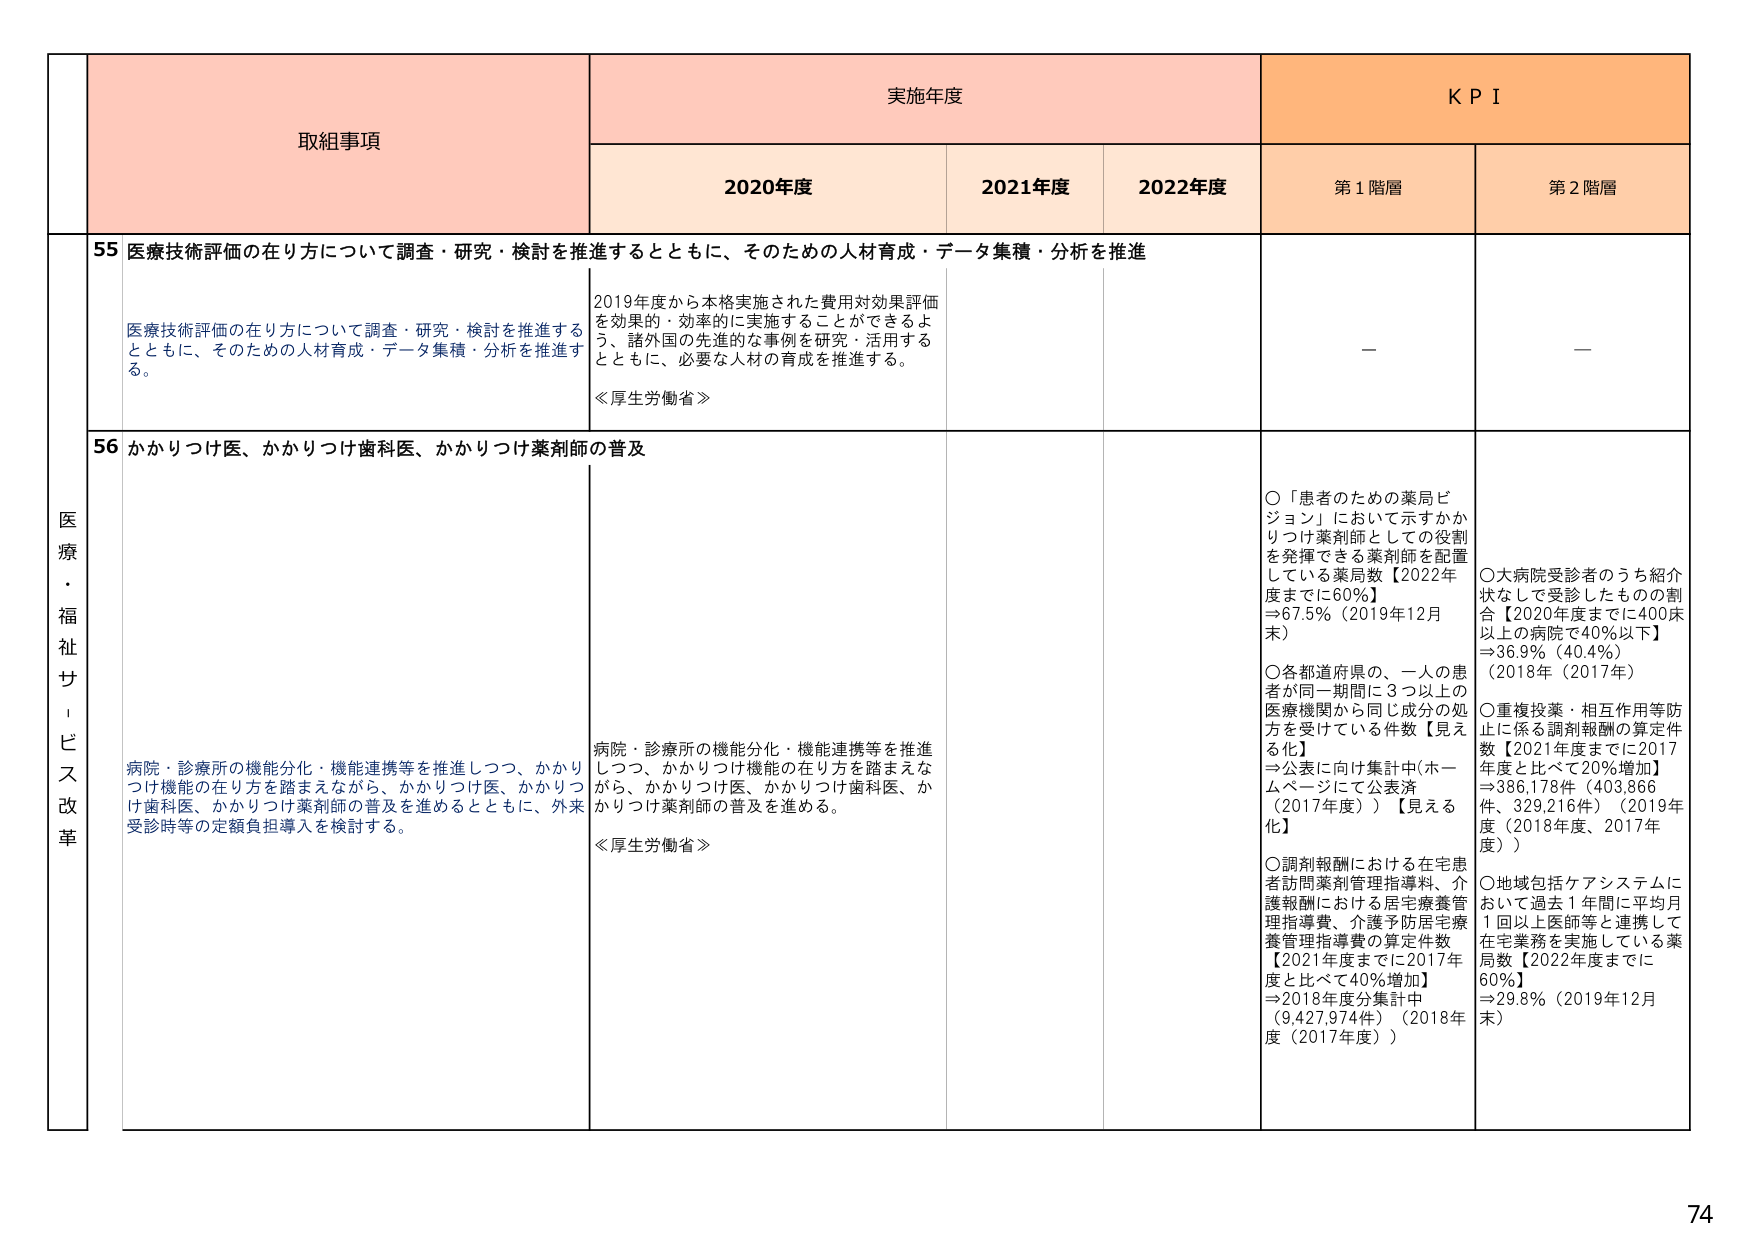
医療・福祉サービス改革

取組事項

実施年度

KPI

2020年度

2021年度

2022年度

第1階層

第2階層

55 医療技術評価の在り方について調査・研究・検討を推進するとともに、そのための人材育成・データ集積・分析を推進

医療技術評価の在り方について調査・研究・検討を推進するとともに、そのための人材育成・データ集積・分析を推進する。

2019年度から本格実施された費用対効果評価を効果的・効率的に実施することができるよう、諸外国の先進的な事例を研究・活用するとともに、必要な人材の育成を推進する。

≪厚生労働省≫

—

—

56 かかりつけ医、かかりつけ歯科医、かかりつけ薬剤師の普及

病院・診療所の機能分化・機能連携等を推進しつつ、かかりつけ機能の在り方を踏まえながら、かかりつけ医、かかりつけ歯科医、かかりつけ薬剤師の普及を進めるとともに、外来受診時等の定額負担導入を検討する。

病院・診療所の機能分化・機能連携等を推進しつつ、かかりつけ機能の在り方を踏まえながら、かかりつけ医、かかりつけ歯科医、かかりつけ薬剤師の普及を進める。

≪厚生労働省≫

○「患者のための薬局ビジョン」において示すかかりつけ薬剤師としての役割を発揮できる薬剤師を配置している薬局数【2022年度までに60%】⇒67.5%（2019年12月末）

○各都道府県の、一人の患者が同一期間に3つ以上の医療機関から同じ成分の処方を受けている件数【見える化】⇒公表に向け集計中（ホームページにて公表済（2017年度））【見える化】

○調剤報酬における在宅患者訪問薬剤管理指導料、介護報酬における居宅療養管理指導費、介護予防居宅療養管理指導費の算定件数【2021年度までに2017年度と比べて40%増加】⇒2018年度分集計中（9,427,974件）（2018年度（2017年度））

○大病院受診者のうち紹介状なしで受診したものの割合【2020年度までに400床以上の病院で40%以下】⇒36.9%（40.4%）（2018年（2017年））

○重複投薬・相互作用等防止に係る調剤報酬の算定件数【2021年度までに2017年度と比べて20%増加】⇒386,178件（403,866件、329,216件）（2019年度（2018年度、2017年度））

○地域包括ケアシステムにおいて過去1年間に平均月1回以上医師等と連携して在宅業務を実施している薬局数【2022年度までに60%】⇒29.8%（2019年12月末）

74